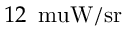
1 2 \, \mathrm { \ m u W / s r }